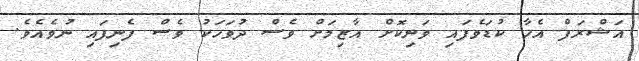
އަޝްރަފް އެހާ ކުޑަވެފައި ވަނިކޮށް އާޒިމަށް ވެސް ދުވަހަކު ވެސް ފެނިފައި ނުވެއެވެ.